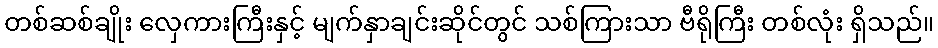
တစ်ဆစ်ချိုး လှေကားကြီးနှင့် မျက်နှာချင်းဆိုင်တွင် သစ်ကြားသာ ဗီရိုကြီး တစ်လုံး ရှိသည်။